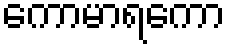
ကောမာရကော